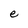
Character: e